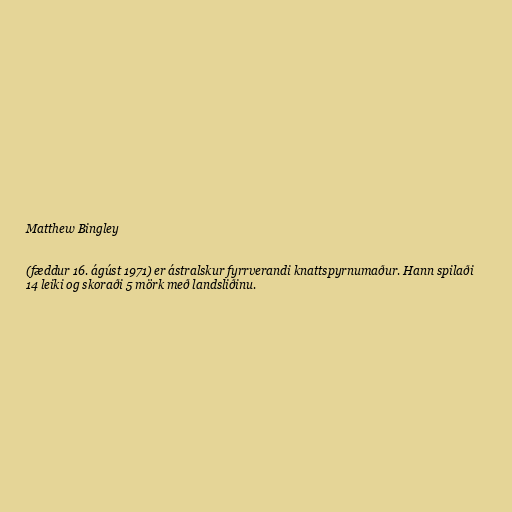
Matthew Bingley

(fæddur 16. ágúst 1971) er ástralskur fyrrverandi knattspyrnumaður. Hann spilaði
14 leiki og skoraði 5 mörk með landsliðinu.